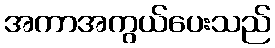
အကာအကွယ်ပေးသည်